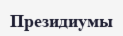
Президиумы